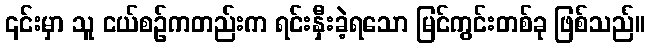
၎င်းမှာ သူ ငယ်စဉ်ကတည်းက ရင်းနှီးခဲ့ရသော မြင်ကွင်းတစ်ခု ဖြစ်သည်။